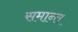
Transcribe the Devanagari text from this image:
समान्त